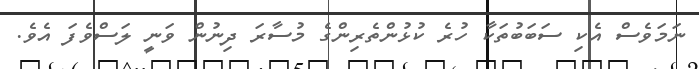
ނަމަވެސް އެކި ސަބަބުތަކާ ހުރެ ކުޅުންތެރިންގެ މުސާރަ ދިނުން ވަނީ ލަސްވެފަ އެވެ.